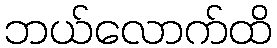
ဘယ်လောက်ထိ